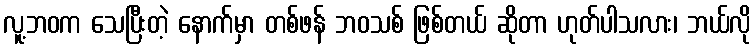
လူ့ဘဝက သေပြီးတဲ့ နောက်မှာ တစ်ဖန် ဘဝသစ် ဖြစ်တယ် ဆိုတာ ဟုတ်ပါသလား၊ ဘယ်လို